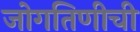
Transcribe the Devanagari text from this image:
जोगतिणीची